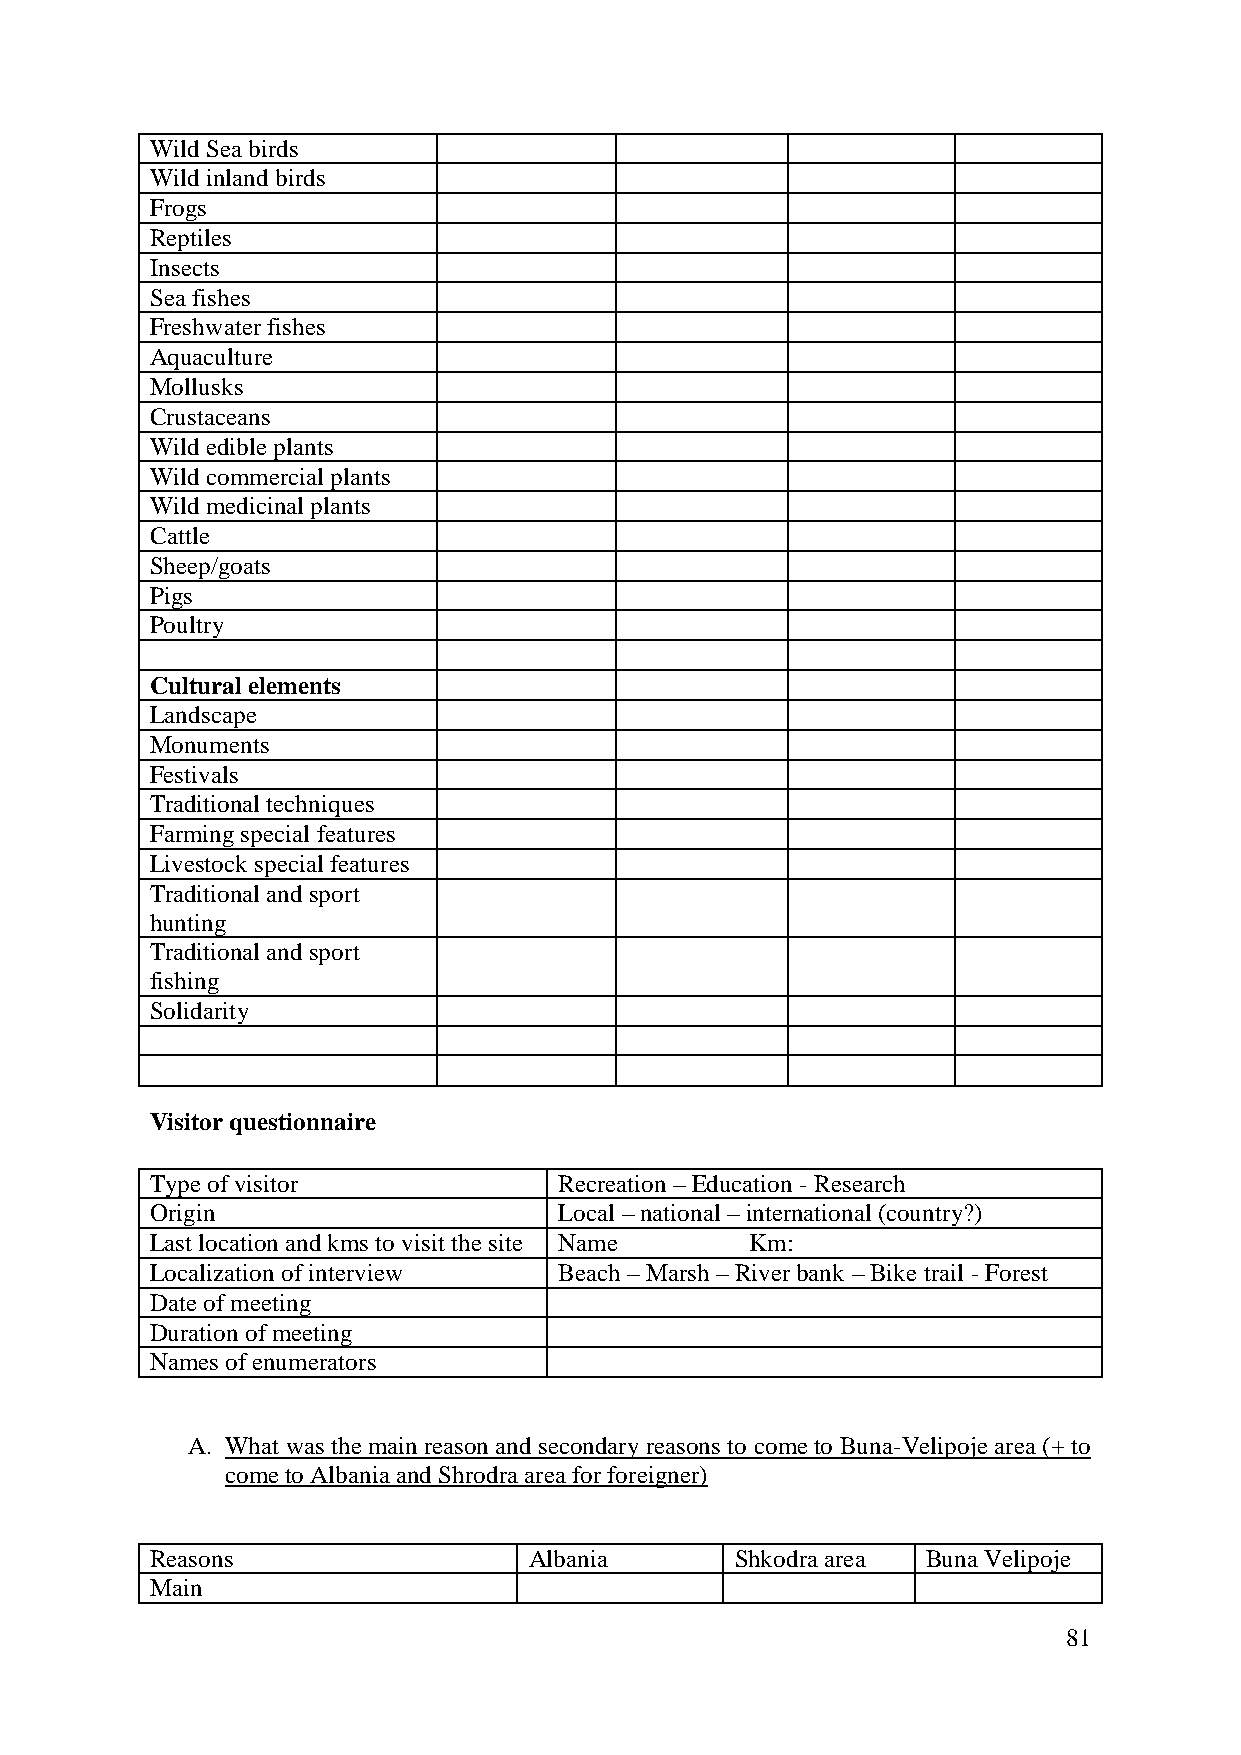
Wild Sea birds
 Wild inland birds
 Frogs
 Reptiles
 Insects
 Sea fishes
 Freshwater fishes
 Aquaculture
 Mollusks
 Crustaceans
 Wild edible plants
 Wild commercial plants
 Wild medicinal plants
 Cattle
 Sheep/goats
 Pigs
 Poultry
 Cultural elements
 Landscape
 Monuments
 Festivals
 Traditional techniques
 Farming special features
 Livestock special features
 Traditional and sport
 hunting
 Traditional and sport
 fishing
 Solidarity
 Visitor questionnaire
 Type of visitor            Recreation – Education - Research
 Origin                     Local – national – international (country?)
 Last location and kms to visit the site Name Km:
 Localization of interview  Beach – Marsh – River bank – Bike trail - Forest
 Date of meeting
 Duration of meeting
 Names of enumerators
 A. What was the main reason and secondary reasons to come to Buna-Velipoje area (+ to
 come to Albania and Shrodra area for foreigner)
 Reasons                  Albania       Shkodra area Buna Velipoje
 Main
 81